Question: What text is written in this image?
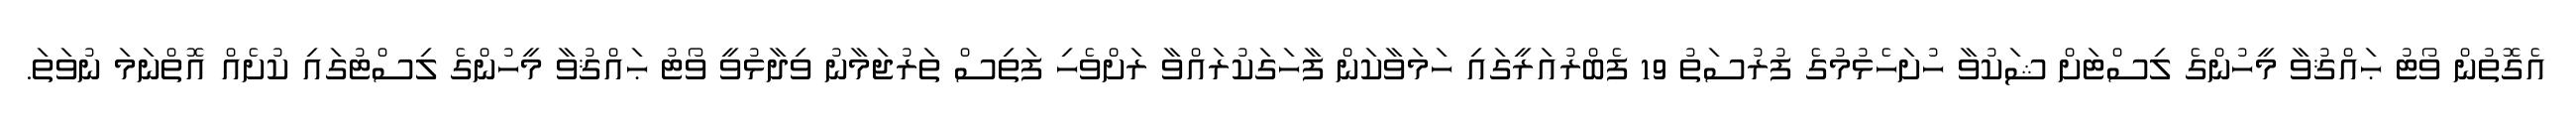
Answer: އެގޮތުން ވޯޓު ޙައްޤުވާ މީހުންގެ ލިސްޓަށް ޝަކުވާ ހުށަހެޅުމުގެ ފުރުސަތު 19 ފެބްރުއަރީގައި ހަމަވާކަން ފާހަގަކުރައްވާ ރަށްވެހި ފަތިސް ތަރުޖަމާނު ވިދާޅުވީ ވޯޓު ޙައްޤުވާ މީހުންގެ ލިސްޓުގައި ކުށެއް އޮތްނަމަ ނުވަތަ.